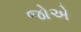
જોએ